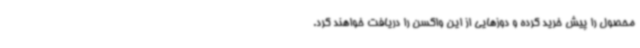
محصول را پیش خرید کرده و دوزهایی از این واکسن را دریافت خواهند کرد.